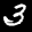
Label: 3